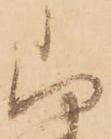
山